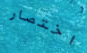
اختصار